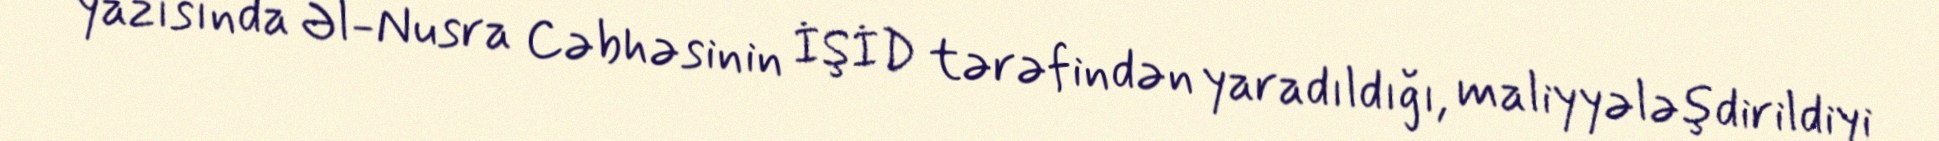
yazısında Əl-Nusra Cəbhəsinin İŞİD tərəfindən yaradıldığı, maliyyələşdirildiyi